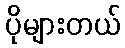
ပိုများတယ်